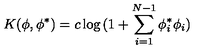
K ( \phi , \phi ^ { * } ) = c \log { ( 1 + \sum _ { i = 1 } ^ { N - 1 } \phi _ { i } ^ { * } \phi _ { i } ) }